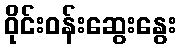
ဝိုင်းဝန်းဆွေးနွေး